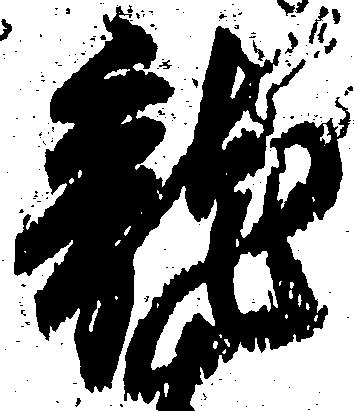
龍